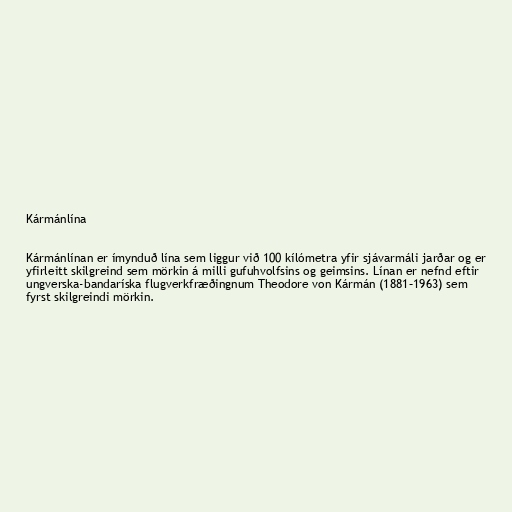
Kármánlína

Kármánlínan er ímynduð lína sem liggur við 100 kílómetra yfir sjávarmáli jarðar og er
yfirleitt skilgreind sem mörkin á milli gufuhvolfsins og geimsins. Línan er nefnd eftir
ungverska-bandaríska flugverkfræðingnum Theodore von Kármán (1881–1963) sem
fyrst skilgreindi mörkin.